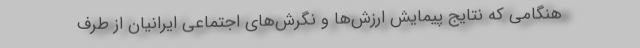
هنگامی که نتایج پیمایش ارزش‌ها و نگرش‌های اجتماعی ایرانیان از طرف